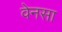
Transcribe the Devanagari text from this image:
वेनसा